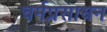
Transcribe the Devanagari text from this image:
चर्मप्रसाधन